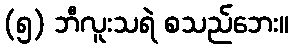
(၅) ဘီလူးသရဲ စသည်ဘေး။